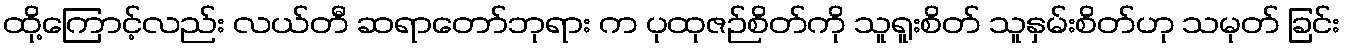
ထို့ကြောင့်လည်း လယ်တီ ဆရာတော်ဘုရား က ပုထုဇဉ်စိတ်ကို သူရူးစိတ် သူနှမ်းစိတ်ဟု သမုတ် ခြင်း